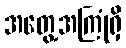
အတွေ့အကြုံရှိ